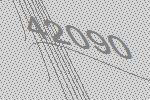
42090